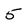
Character: 5